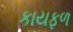
કાયફળ